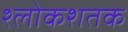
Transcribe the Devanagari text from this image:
श्लोकशतक